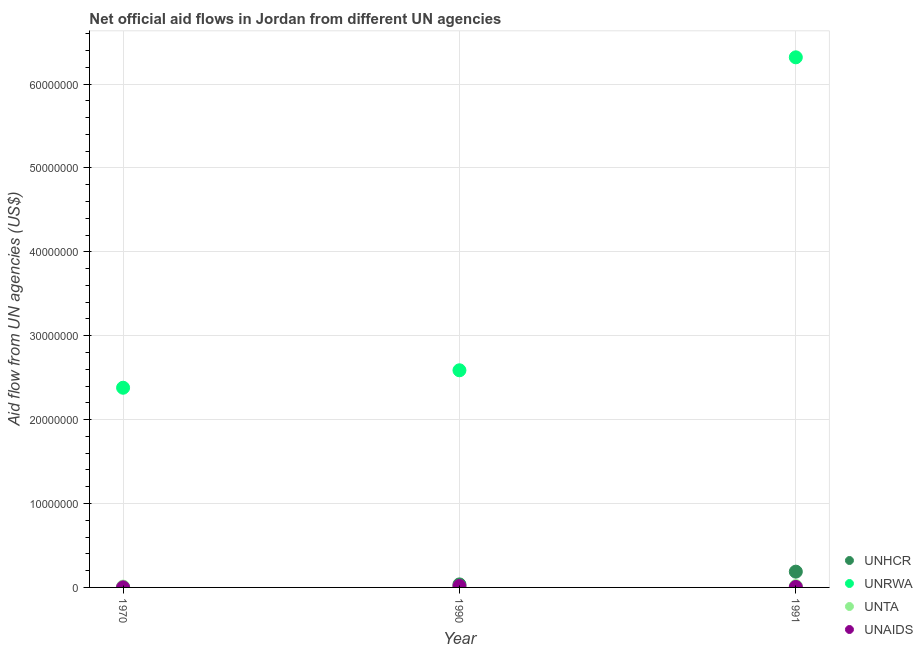
| Year | UNHCR | UNRWA | UNTA | UNAIDS |
 | --- | --- | --- | --- | --- |
 | 1970 | 1e+04 | 2.38e+07 | 1e+05 | 1e+04 |
 | 1990 | 3.6e+05 | 2.59e+07 | 1.2e+05 | 1.7e+05 |
 | 1991 | 1.88e+06 | 6.32e+07 | 1.6e+05 | 6e+04 |